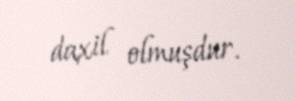
daxil olmuşdur.